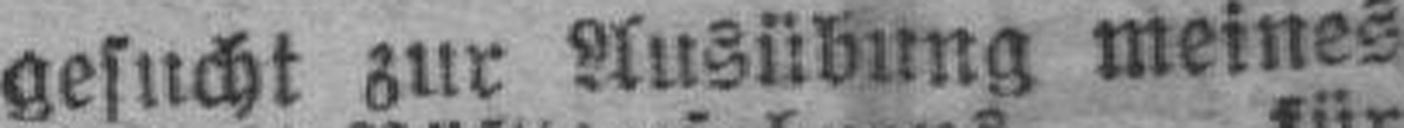
gesucht zur Ausübung meines